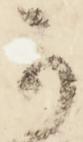
可